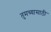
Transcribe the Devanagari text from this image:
तुमच्यासाठी